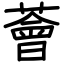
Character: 薈